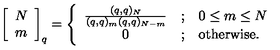
\left[ \begin{array} { c } { N } \\ { m } \\ \end{array} \right] _ { q } = \left\{ \begin{array} { c l l } { \frac { ( q , q ) _ { N } } { ( q , q ) _ { m } ( q , q ) _ { N - m } } } & { ; } & { 0 \leq m \leq N } \\ { 0 } & { ; } & { \mathrm { o t h e r w i s e . } } \\ \end{array} \right.